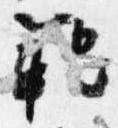
範